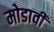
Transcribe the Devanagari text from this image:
मोडावी